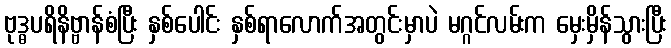
ဗုဒ္ဓပရိနိဗ္ဗာန်စံပြီး နှစ်ပေါင်း နှစ်ရာလောက်အတွင်းမှာပဲ မဂ္ဂင်လမ်းက မှေးမှိန်သွားပြီး